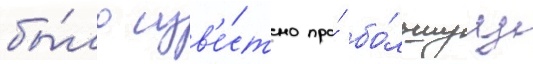
бы́ло изв'е́стно про́ бо́льшуу